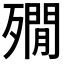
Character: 𣩞